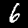
Label: 6